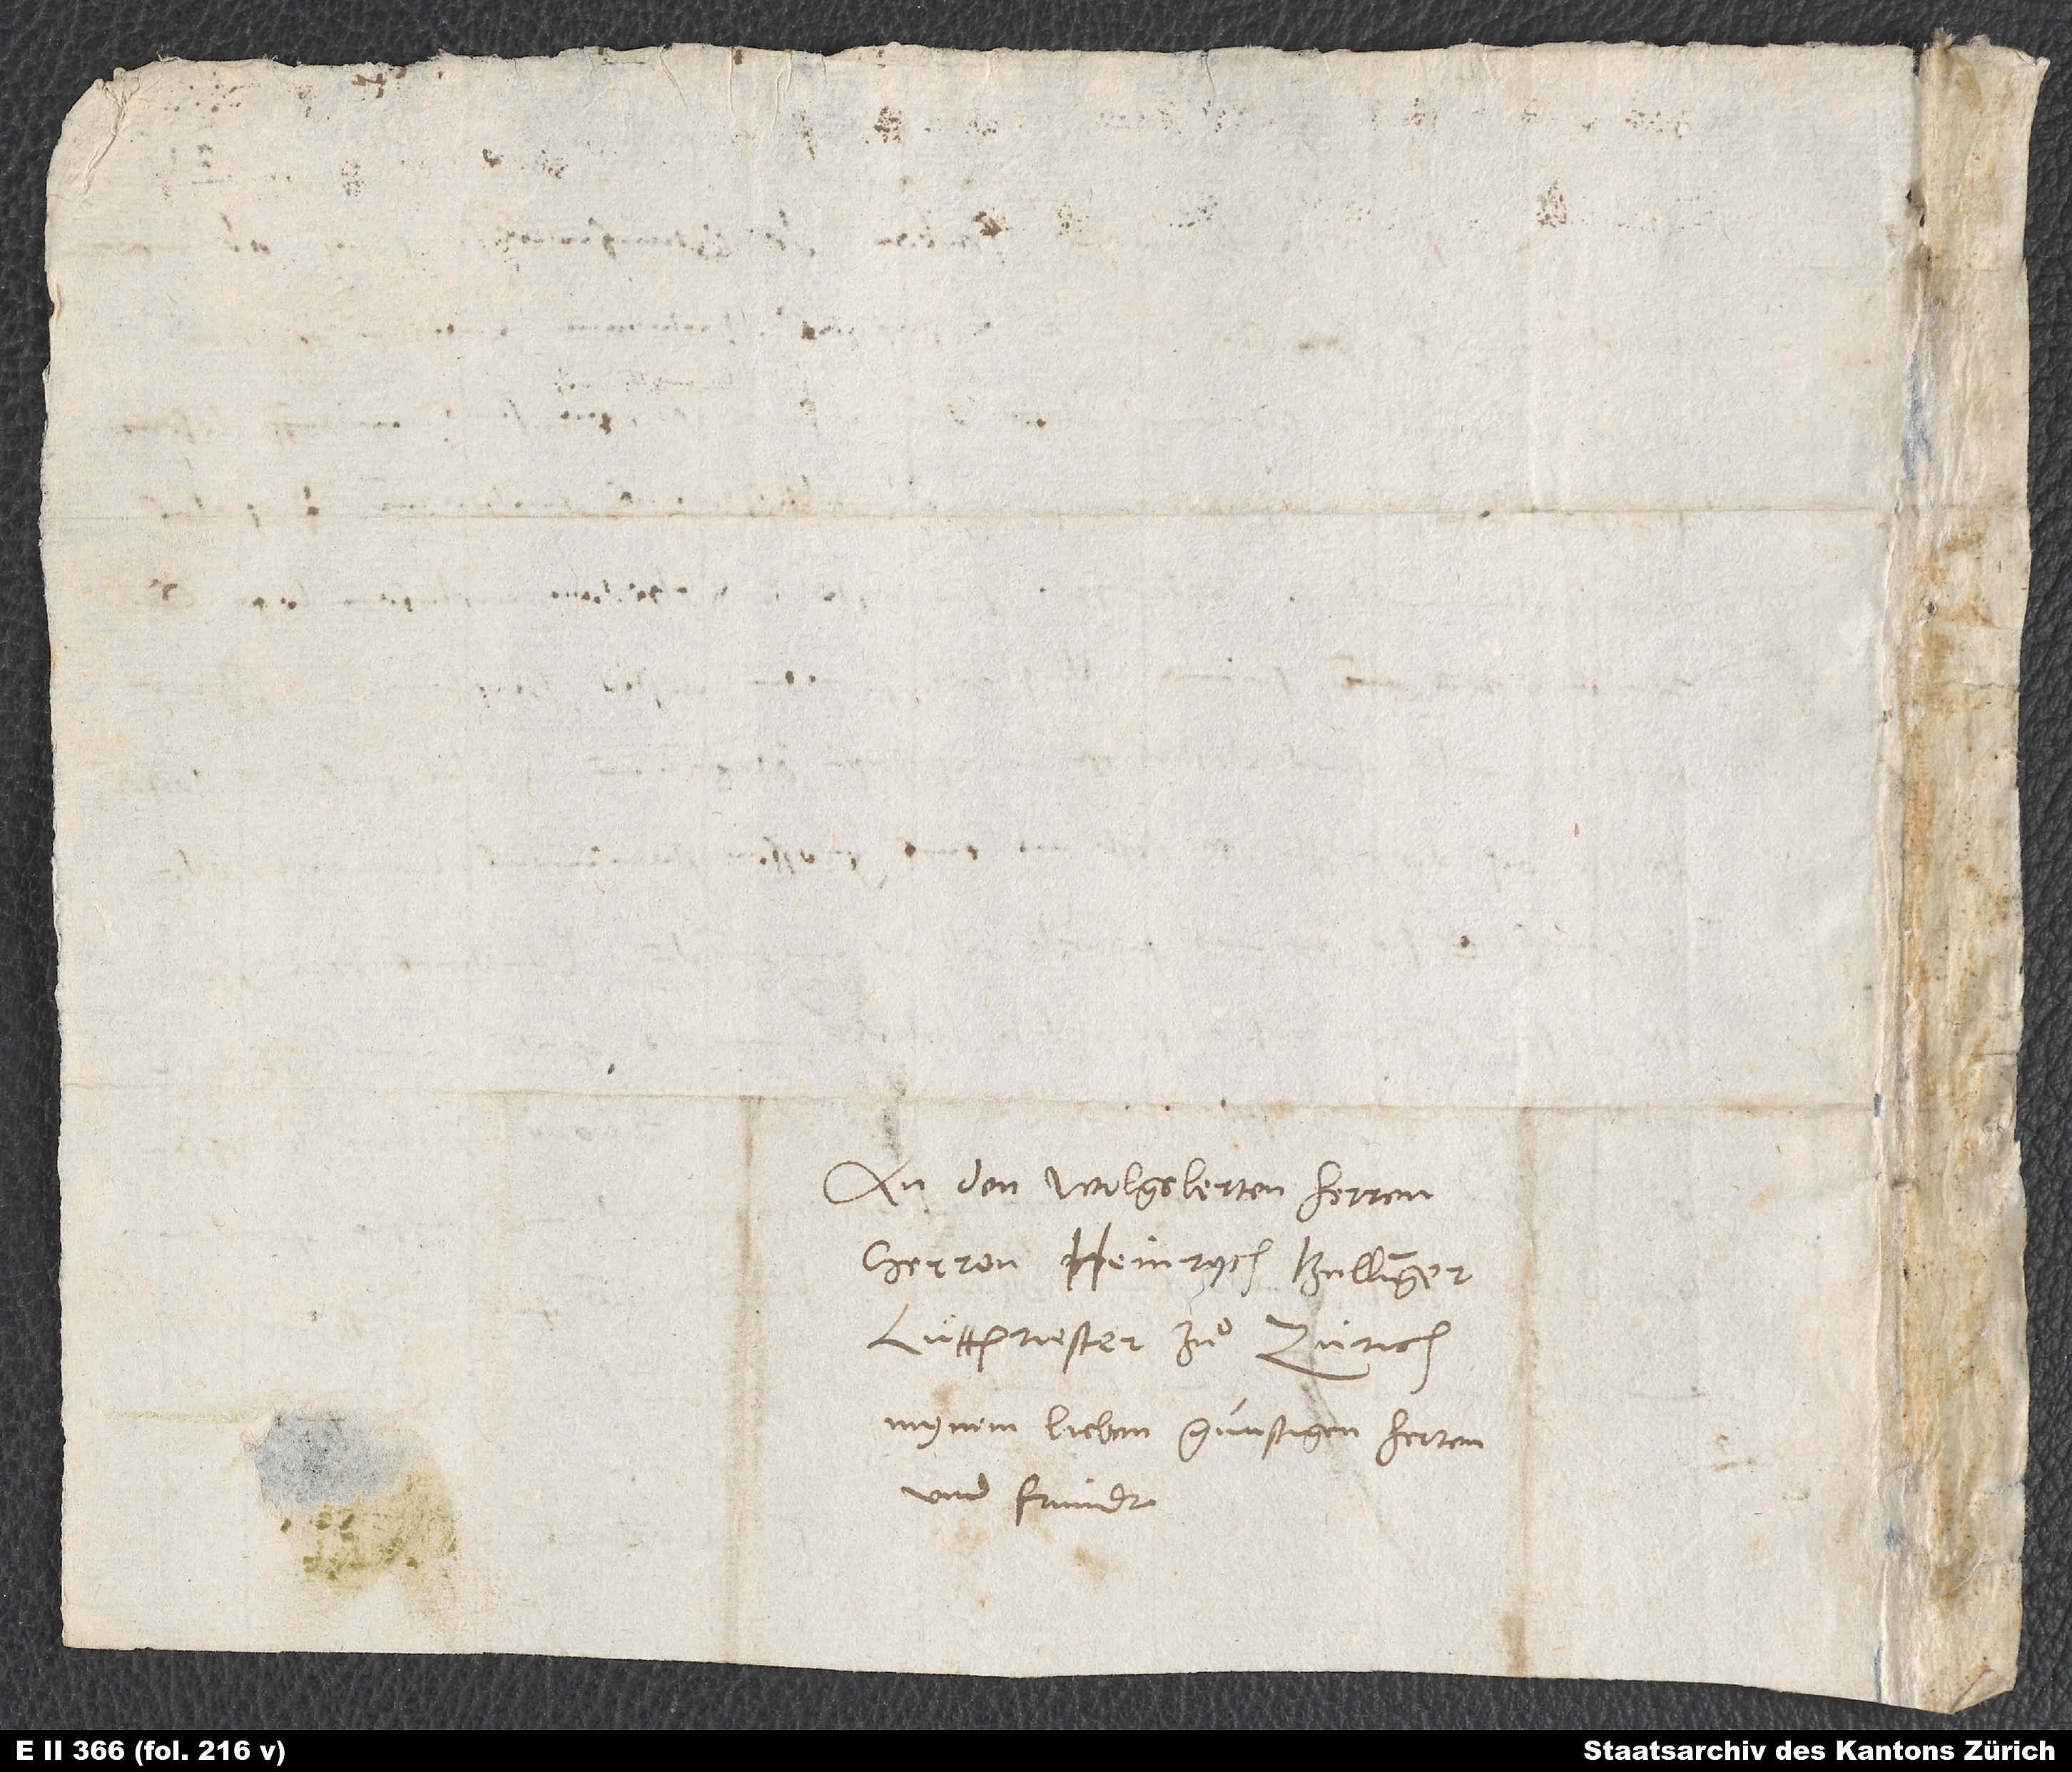
An den wolgelerten herren,
herren Heinrych Bullinger,
lüttpriester zuͦ Zürich,
mynem lieben, gunstigen herren
und frundt.